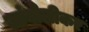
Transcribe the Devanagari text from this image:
जांबोलीकर